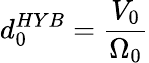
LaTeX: d_{0}^{HYB}=\frac{V_{0}}{\Omega_{0}}